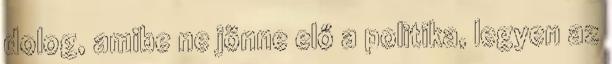
dolog, amibe ne jönne elő a politika, legyen az